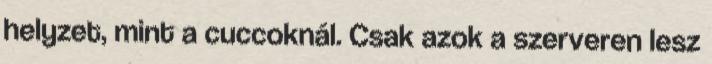
helyzet, mint a cuccoknál. Csak azok a szerveren lesz